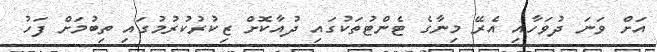
އަށް ވަނަ ދުވަހާއި އެރޭ މިނާގެ ޓެންޓުތަކުގައި ދުއާކޮށް ޒިކުރުކުރުމުގައި ތިބުމަށް ފަހު